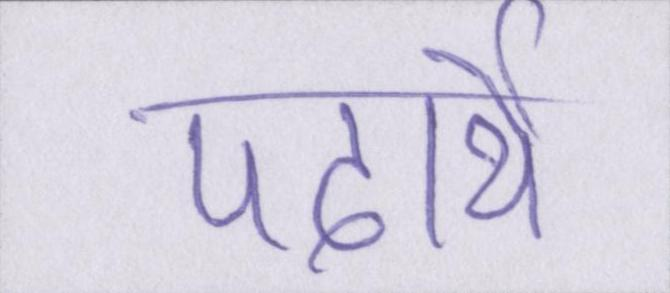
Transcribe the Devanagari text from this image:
पदार्थे